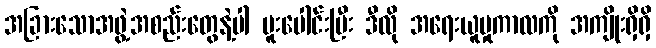
အခြားသောအဖွဲ့အစည်းတွေနဲ့ပါ ပူးပေါင်းပြီး ဒီလို အရေးယူမှုကာလကို အကျိုးရှိရှိ